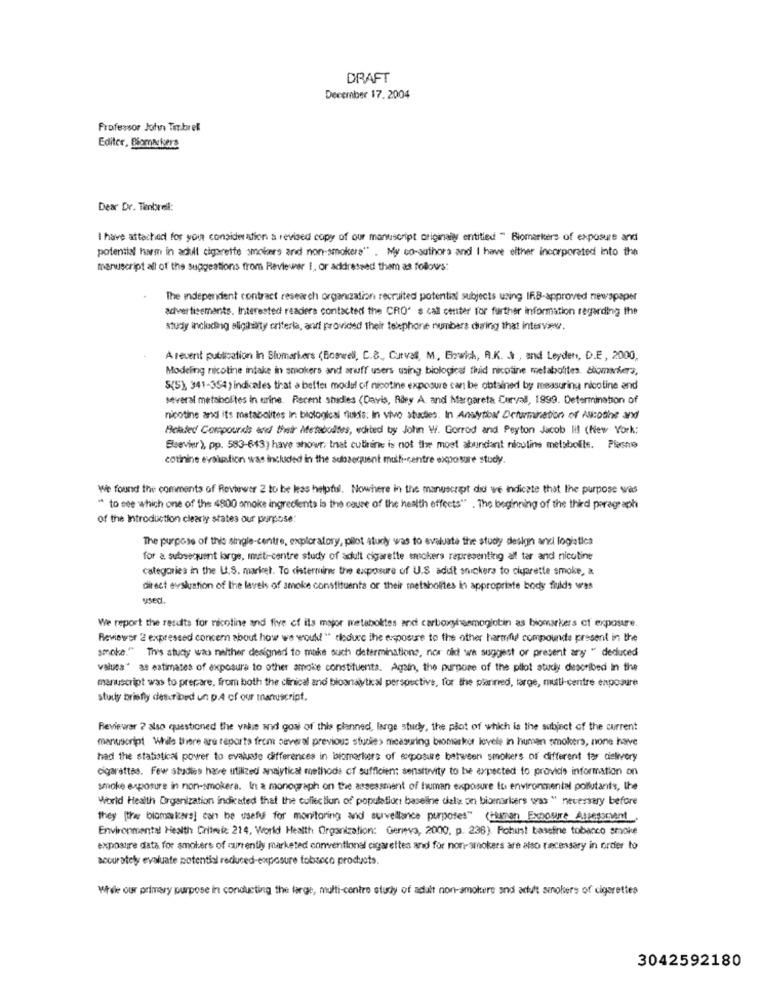
DRAFT
December 17.2004
Professor John Timbrel
Editor, Biomarkers
Dear Dr. Tienbrel:
I have attached for your consideration a revised copy of our manuscript originales entitled " Biomarkers of exposure and
potential harm in adult cigarette smokers and non-smokers" . My co-authors and I have either incorporated into the
manuscript all of the suggestions from Reviewer 1, or addressed them as follows:
The independent contract research organization recruited potential subjects using IF.B-approved newspaper
advertisements. Interested readers contacted the CRO' s call center for further Information regarding the
study including aligthirty oriterla, and provided their telephone numbers during that interview.
A recent publication in Stomarkers (Boswell, C.B ., Curval, M, Enwich, A.K. . ), and Leyden, D.E, 2000,
Modeling nicotine intake in smokers and anuff users using biological thid nicotine metabolites. Biomarkers,
S(5), 341-354) indicales that a belfer model of nicotine exposure can be obtained by measuring nicotine and
several metabolites in urine. Recent studies (Davis, Adey A. and Margareta Curval, 1999. Determination of
nicotine and it's metabolites in biological fluids: In vivo studies. In Analytical Orfirmination of Pacote and
Related Corepourdis and their Afetadodtes, echited by John W. Gorrod and Peyton Jacob Hi! (New York:
Elsevier), pp. 583-643) have showr, that cutirene is not the most abundant nicotine metsbolle. Plasma
cotinine evaluation was included in the subsequent multi-centre exposure study.
We found the comments of Reviewer 2 to be kas helpful. Nowhere in the manuscript did we Indicate that the purpose was
" to see which one of the 4900 smoke ingredients in the cause of the health effects" . The beginning of the third paragraph
of the Introduction clearly states our purpose
The purpose of this single-centre, exploratory, pilot study was to evaluate the study design and logistics
for & subsequent large, miti-centre study of adult cigarette emokers representing alf tar and nicotine
categories in the U.S. market. To cisternin the exposure of U.S adult snickera to cigarette smoke, &
direct evaluation of the levels of smoke constituents or their metabolites in appropriste body fluids was
used.
We report the results for nicotine and five of its major metaboktes and carboxyhaemoglobin as biomarkers of exposure.
Reviewer 2 expressed concern about how we would " tleducc the exposure to the other harmifid compounds present in the
smoke." Tivs study was neither designed to make such determinations, nor did we suggest or present anyy " deduced
values" as estimates of exposure to other smoke constituents. Again, the purpose of the pilot study described In the
manuscript was to prepare, from both the clinical and bioanalytical perspective, for the planned, large, multi-centre enposure
study briefly described un p.4 of our manuscript.
Reviewar ? also questioned the value and gosi of this planned, large studyy, the plot of which is the subject of the current
manuscript While there are reports from several previous studies measuring biomarker levels in hunsen smokers, none have
had the statistical power to evaluate differences in biomarkers of exposure between smokers of different tar cielevery
cigarattas. Few studies have utilized analytical methods of sufficient sensitivity to be expected to provide information on
smoke exposure in non-smokera. In a monograph on the assessment of human exposure to environmental pollutants, the
World Health Organization indicated that the collection of population baseline dielie on biomarkers was " necessary before
they [the biomarkers] can be useful for monitoring and surveillance purposes" (Human Exsoure Assessrunt
Environmental Health Critmiz: 214, World Health Organization: Geneva, 2000. p. 236). Pohust basefine tobanco smoke
exposure data for smokers of currently marketed conventional cigarettes and for non-smokers are also racessary in order to
accurately evaluate potential reduced-exposure tobacco products.
While our primary purpose in conducting the large, multi-contre study of adult non-smokers and adult smokers of cigarettes
3042592180